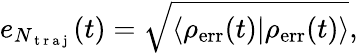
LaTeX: e_{N_{\mathrm{~t~r~a~j~}}}(t)=\sqrt{\langle\rho_{\mathrm{err}}(t)|\rho_{\mathrm{err}}(t)\rangle},